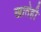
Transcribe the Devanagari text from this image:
खातेही